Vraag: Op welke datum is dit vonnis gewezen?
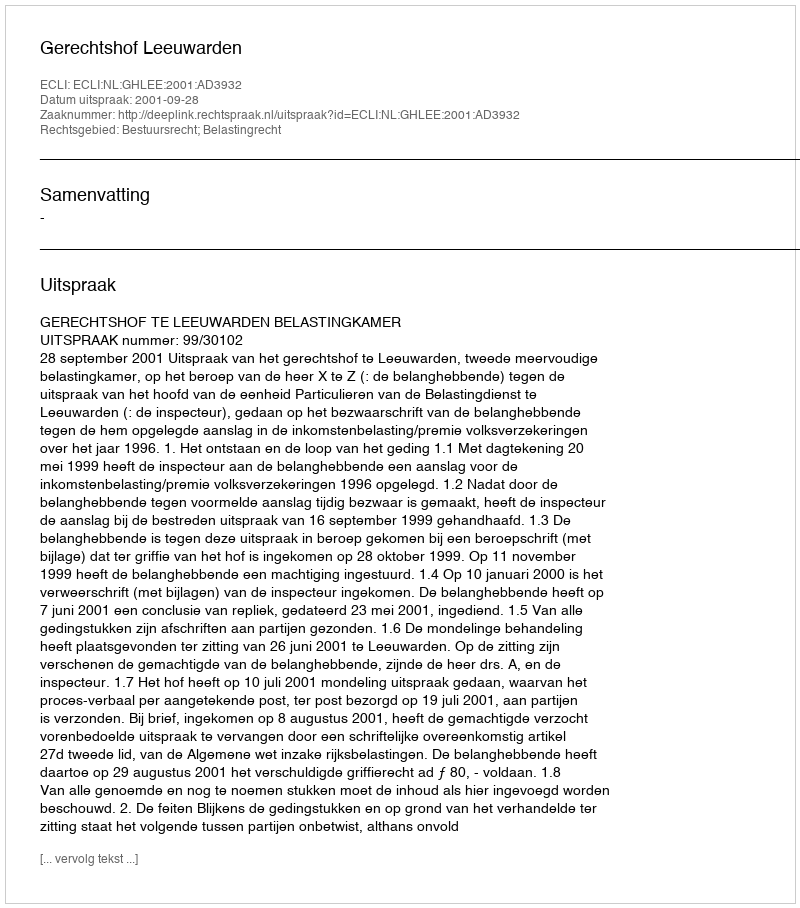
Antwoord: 2001-09-28